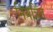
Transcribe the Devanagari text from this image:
नियत्रिंत